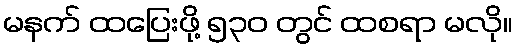
မနက် ထပြေးဖို့ ၅၃၀ တွင် ထစရာ မလို။